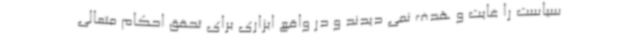
سیاست را غایت و هدف نمی دیدند و در واقع ابزاری برای تحقق احکام متعالی